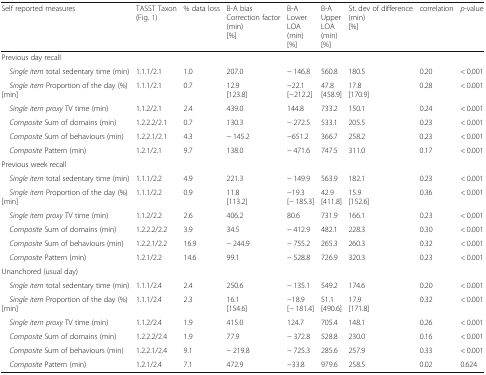
<table><thead><tr><td><b>Self reported measures</b></td><td><b>TASST Taxon(Fig. 1)</b></td><td><b>% data loss</b></td><td><b>B-A biasCorrection factor(min)[%]</b></td><td><b>B-ALowerLOA(min)[%]</b></td><td><b>B-AUpperLOA(min)[%]</b></td><td><b>St. dev of difference(min)[%]</b></td><td><b>correlation</b></td><td><b><i>p</i>-value</b></td></tr></thead><tbody><tr><td colspan="9">Previous day recall</td></tr><tr><td> <i>Single item</i> total sedentary time (min)</td><td>1.1.1/2.1</td><td>1.0</td><td>207.0</td><td>− 146.8</td><td>560.8</td><td>180.5</td><td>0.20</td><td>&lt; 0.001</td></tr><tr><td> <i>Single item</i> Proportion of the day (%)[min]</td><td>1.1.1/2.1</td><td>0.7</td><td>12.9[123.8]</td><td>−22.1[−212.2]</td><td>47.8[458.9]</td><td>17.8[170.9]</td><td>0.28</td><td>&lt; 0.001</td></tr><tr><td> <i>Single item proxy</i> TV time (min)</td><td>1.1.2/2.1</td><td>2.4</td><td>439.0</td><td>144.8</td><td>733.2</td><td>150.1</td><td>0.24</td><td>&lt; 0.001</td></tr><tr><td> <i>Composite</i> Sum of domains (min)</td><td>1.2.2.2/2.1</td><td>0.7</td><td>130.3</td><td>− 272.5</td><td>533.1</td><td>205.5</td><td>0.23</td><td>&lt; 0.001</td></tr><tr><td> <i>Composite</i> Sum of behaviours (min)</td><td>1.2.2.1/2.1</td><td>4.3</td><td>− 145.2</td><td>−651.2</td><td>366.7</td><td>258.2</td><td>0.23</td><td>&lt; 0.001</td></tr><tr><td> <i>Composite</i> Pattern (min)</td><td>1.2.1/2.1</td><td>9.7</td><td>138.0</td><td>− 471.6</td><td>747.5</td><td>311.0</td><td>0.17</td><td>&lt; 0.001</td></tr><tr><td colspan="9">Previous week recall</td></tr><tr><td> <i>Single item</i> total sedentary time (min)</td><td>1.1.1/2.2</td><td>4.9</td><td>221.3</td><td>− 149.9</td><td>563.9</td><td>182.1</td><td>0.23</td><td>&lt; 0.001</td></tr><tr><td> <i>Single item</i> Proportion of the day (%)[min]</td><td>1.1.1/2.2</td><td>0.9</td><td>11.8[113.2]</td><td>−19.3[− 185.3]</td><td>42.9[411.8]</td><td>15.9[152.6]</td><td>0.36</td><td>&lt; 0.001</td></tr><tr><td> <i>Single item proxy</i> TV time (min)</td><td>1.1.2/2.2</td><td>2.6</td><td>406.2</td><td>80.6</td><td>731.9</td><td>166.1</td><td>0.23</td><td>&lt; 0.001</td></tr><tr><td> <i>Composite</i> Sum of domains (min)</td><td>1.2.2.2/2.2</td><td>3.9</td><td>34.5</td><td>− 412.9</td><td>482.1</td><td>228.3</td><td>0.30</td><td>&lt; 0.001</td></tr><tr><td> <i>Composite</i> Sum of behaviours (min)</td><td>1.2.2.1/2.2</td><td>16.9</td><td>− 244.9</td><td>− 755.2</td><td>265.3</td><td>260.3</td><td>0.32</td><td>&lt; 0.001</td></tr><tr><td> <i>Composite</i> Pattern (min)</td><td>1.2.1/2.2</td><td>14.6</td><td>99.1</td><td>− 528.8</td><td>726.9</td><td>320.3</td><td>0.23</td><td>&lt; 0.001</td></tr><tr><td colspan="9">Unanchored (usual day)</td></tr><tr><td> <i>Single item</i> total sedentary time (min)</td><td>1.1.1/2.4</td><td>2.4</td><td>250.6</td><td>− 135.1</td><td>549.2</td><td>174.6</td><td>0.20</td><td>&lt; 0.001</td></tr><tr><td> <i>Single item</i> Proportion of the day (%)[min]</td><td>1.1.1/2.4</td><td>2.3</td><td>16.1[154.6]</td><td>−18.9[− 181.4]</td><td>51.1[490.6]</td><td>17.9[171.8]</td><td>0.32</td><td>&lt; 0.001</td></tr><tr><td> <i>Single item proxy</i> TV time (min)</td><td>1.1.2/2.4</td><td>1.9</td><td>415.0</td><td>124.7</td><td>705.4</td><td>148.1</td><td>0.26</td><td>&lt; 0.001</td></tr><tr><td> <i>Composite</i> Sum of domains (min)</td><td>1.2.2.2/2.4</td><td>1.9</td><td>77.9</td><td>− 372.8</td><td>528.8</td><td>230.0</td><td>0.16</td><td>&lt; 0.001</td></tr><tr><td> <i>Composite</i> Sum of behaviours (min)</td><td>1.2.2.1/2.4</td><td>9.1</td><td>− 219.8</td><td>− 725.3</td><td>285.6</td><td>257.9</td><td>0.33</td><td>&lt; 0.001</td></tr><tr><td> <i>Composite</i> Pattern (min)</td><td>1.2.1/2.4</td><td>7.1</td><td>472.9</td><td>−33.8</td><td>979.6</td><td>258.5</td><td>0.02</td><td>0.624</td></tr></tbody></table>